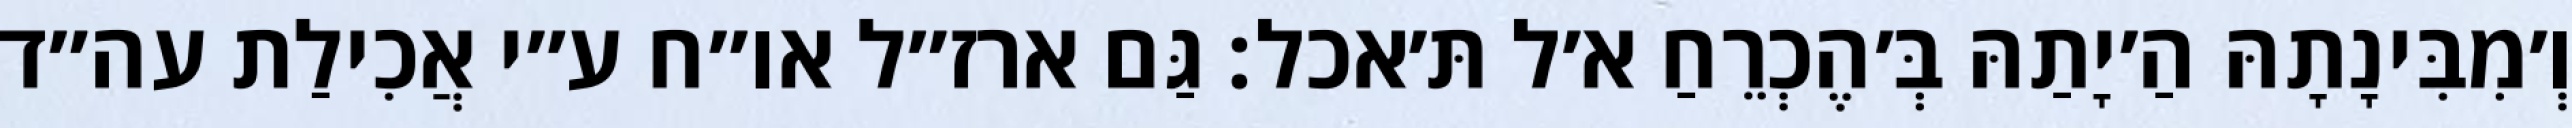
וְ׳מִבִּינָתָהּ הַ׳יָתַהּ בְּ׳הֶכְרֵחַ א׳ל תּ׳אכל: גַּם ארז״ל או״ח ע״י אֲכִילַת עה״ד